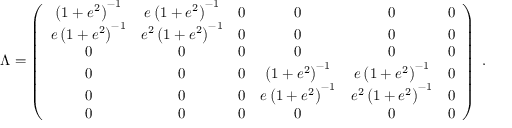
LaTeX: \Lambda = \left( \begin{array} { c c c c c c } { { \left( 1 + e ^ { 2 } \right) ^ { - 1 } } } & { { e \left( 1 + e ^ { 2 } \right) ^ { - 1 } } } & { { 0 } } & { { 0 } } & { { 0 } } & { { 0 } } \\ { { e \left( 1 + e ^ { 2 } \right) ^ { - 1 } } } & { { e ^ { 2 } \left( 1 + e ^ { 2 } \right) ^ { - 1 } } } & { { 0 } } & { { 0 } } & { { 0 } } & { { 0 } } \\ { { 0 } } & { { 0 } } & { { 0 } } & { { 0 } } & { { 0 } } & { { 0 } } \\ { { 0 } } & { { 0 } } & { { 0 } } & { { \left( 1 + e ^ { 2 } \right) ^ { - 1 } } } & { { e \left( 1 + e ^ { 2 } \right) ^ { - 1 } } } & { { 0 } } \\ { { 0 } } & { { 0 } } & { { 0 } } & { { e \left( 1 + e ^ { 2 } \right) ^ { - 1 } } } & { { e ^ { 2 } \left( 1 + e ^ { 2 } \right) ^ { - 1 } } } & { { 0 } } \\ { { 0 } } & { { 0 } } & { { 0 } } & { { 0 } } & { { 0 } } & { { 0 } } \end{array} \right) \; .